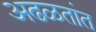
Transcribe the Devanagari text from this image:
अढळतांत